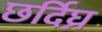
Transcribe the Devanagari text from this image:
छर्दिघ्न